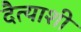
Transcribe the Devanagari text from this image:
दैत्याशी